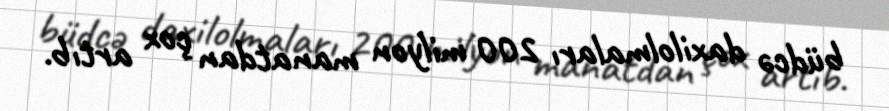
büdcə daxilolmaları 200 milyon manatdan çox artıb.